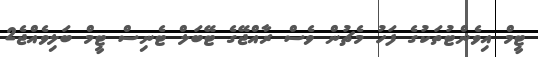
ޓީމް އިވެންޓުތަކުގެ ފަހު މެޗުން ވެސް ރާއްޖޭގެ ޓޭބަލް ޓެނިސް ޓީމް ބަލިވެއްޖެ2